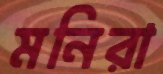
মনিরা